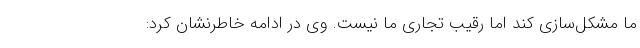
ما مشکل‌سازی کند اما رقیب تجاری ما نیست. وی در ادامه خاطرنشان کرد: